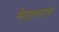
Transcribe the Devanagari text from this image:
भेदावयाचे